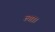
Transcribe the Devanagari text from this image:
ल्गा।